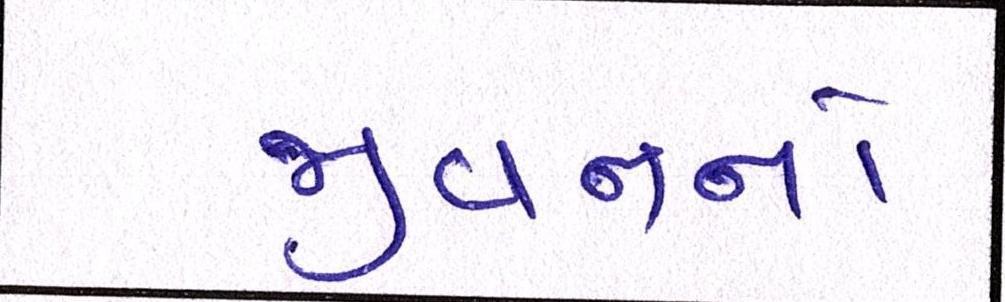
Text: જીવનનો